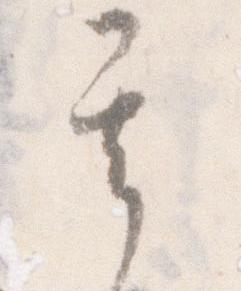
其